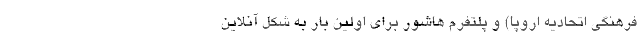
فرهنگی اتحادیه اروپا) و پلتفرم هاشور برای اولین بار به شکل آنلاین